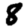
Digit: 8